Leaving Certificate Examination, 1916
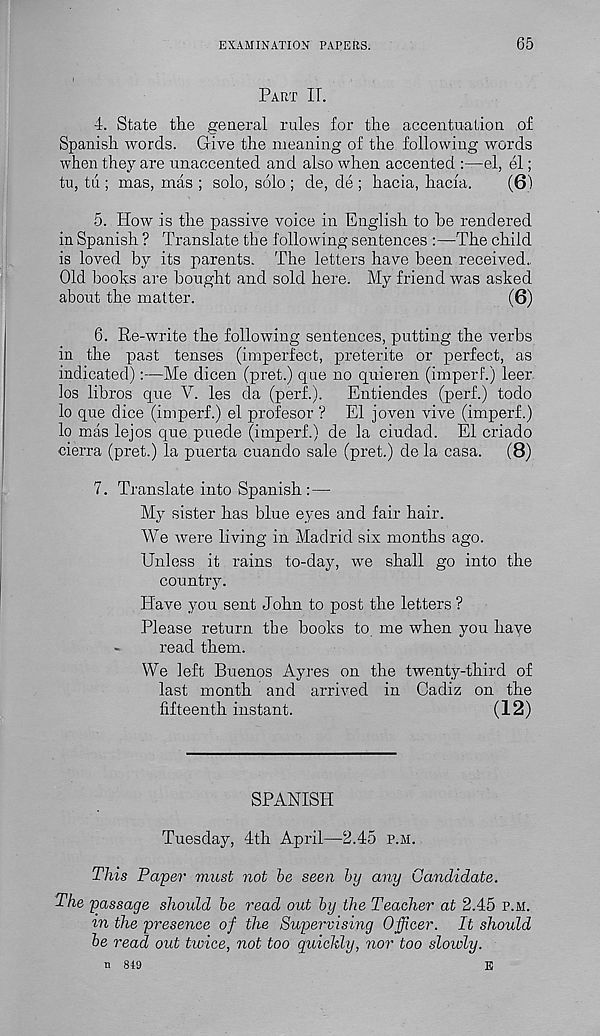
EXAMINATION PAPERS.
65
Part IT.
4. State the general rules for the accentuation of
Spanish words. Give the meaning of the following words
when they are unaccented and also when accented :—el, el;
tu, tii; mas, mas ; solo, solo ; de, de ; hacia, hacia.
(61
5. How is the passive voice in English to he rendered
in Spanish ? Translate the following sentences :—The child
is loved by its parents. The letters have been received..
Old books are bought and sold here. My friend was asked
about the matter.
(6)
6. Re-write the following sentences, putting the verbs
in the past tenses (imperfect, preterite or perfect, as
indicated):—Me dicen (pret.) que no quieren (imperf.) leer
los libros que V. les da (perf.).
Entiendes (perf.) todo
lo que dice (imperf.) el profesor ? El joven vive (imperf.)
lo mas lejos que puede (imperf.) de la ciudad. El criado
cierra (pret.) la puerta cuando sale (pret.) de la casa.
(8)
7. Translate into Spanish: —
My sister has blue eyes and fair hair.
We were living in Madrid six months ago.
Unless it rains to-day, we shall go into the
country.
Have you sent John to post the letters ?
Please return the books to me when you have
«
read them.
We left Buenos Ayres on the twenty-third of
last month and arrived in Cadiz on the
fifteenth instant.
(12)
SPANISH
Tuesday, 4th April—2.45 p.m.
This Paper must not be seen by any Candidate.
The passage should be read out by the Teacher at 2.45 p.m.
m the presence of the Supervising Officer. It should
be read out twice, not too quickly, nor too slowly.
n 819
E